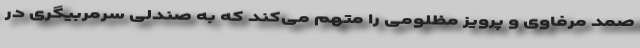
صمد مرفاوی و پرویز مظلومی را متهم می‌کند که به صندلی سرمربیگری در